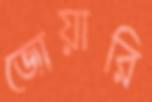
জোয়ারি